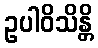
ဥပါဝိသိန္တိ